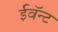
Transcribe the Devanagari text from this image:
ईवॅन्ट